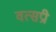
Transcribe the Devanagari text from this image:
वत्सप्री